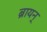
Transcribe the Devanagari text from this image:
ब्रायन्